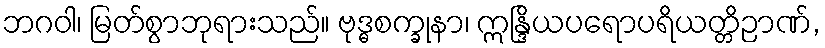
ဘဂဝါ၊ မြတ်စွာဘုရားသည်။ ဗုဒ္ဓစက္ခုနာ၊ ဣန္ဒြိယပရောပရိယတ္တိဉာဏ်,